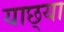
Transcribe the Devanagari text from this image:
याछ्या